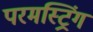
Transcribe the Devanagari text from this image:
परमस्ट्रिंग